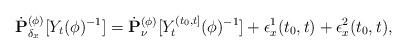
LaTeX: \begin{align*} \dot{\mathbf P}_{\delta_x}^{(\phi)}[Y_t(\phi)^{-1}] = \dot {\mathbf P}_\nu^{(\phi)} [Y^{(t_0,t]}_t(\phi)^{-1}] + \epsilon_x^1(t_0,t) +\epsilon_x^2(t_0,t), \end{align*}